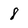
Character: 8